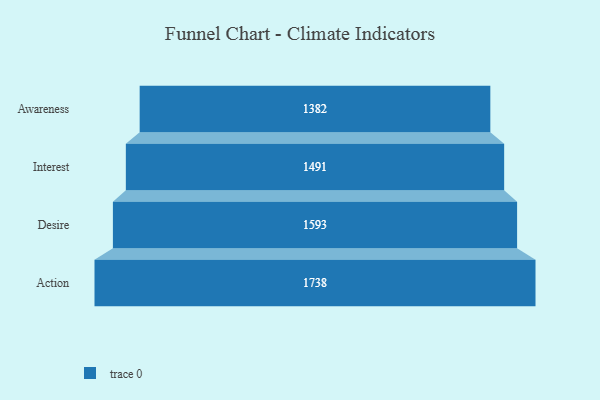
{"axis": {"x": "Stage", "y": "Value"}, "legend": [""], "data": [{"x": "Awareness", "y": 1382.0, "type": ""}, {"x": "Interest", "y": 1491.0, "type": ""}, {"x": "Desire", "y": 1593.0, "type": ""}, {"x": "Action", "y": 1738.0, "type": ""}]}